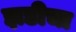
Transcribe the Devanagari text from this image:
झडीचा